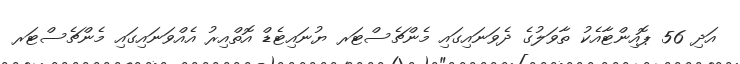
އަދި 56 ޕޮއިންޓާއެކު ތާވަލުގެ ދެވަނައިގައި މެންޗެސްޓަރ ޔުނައިޓެޑް އޮތްއިރު އެއްވަނައިގައި މެންޗެސްޓަރ